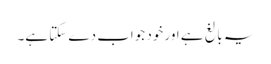
‏ یہ بالغ ہے اور خود جواب دے سکتا ہے۔